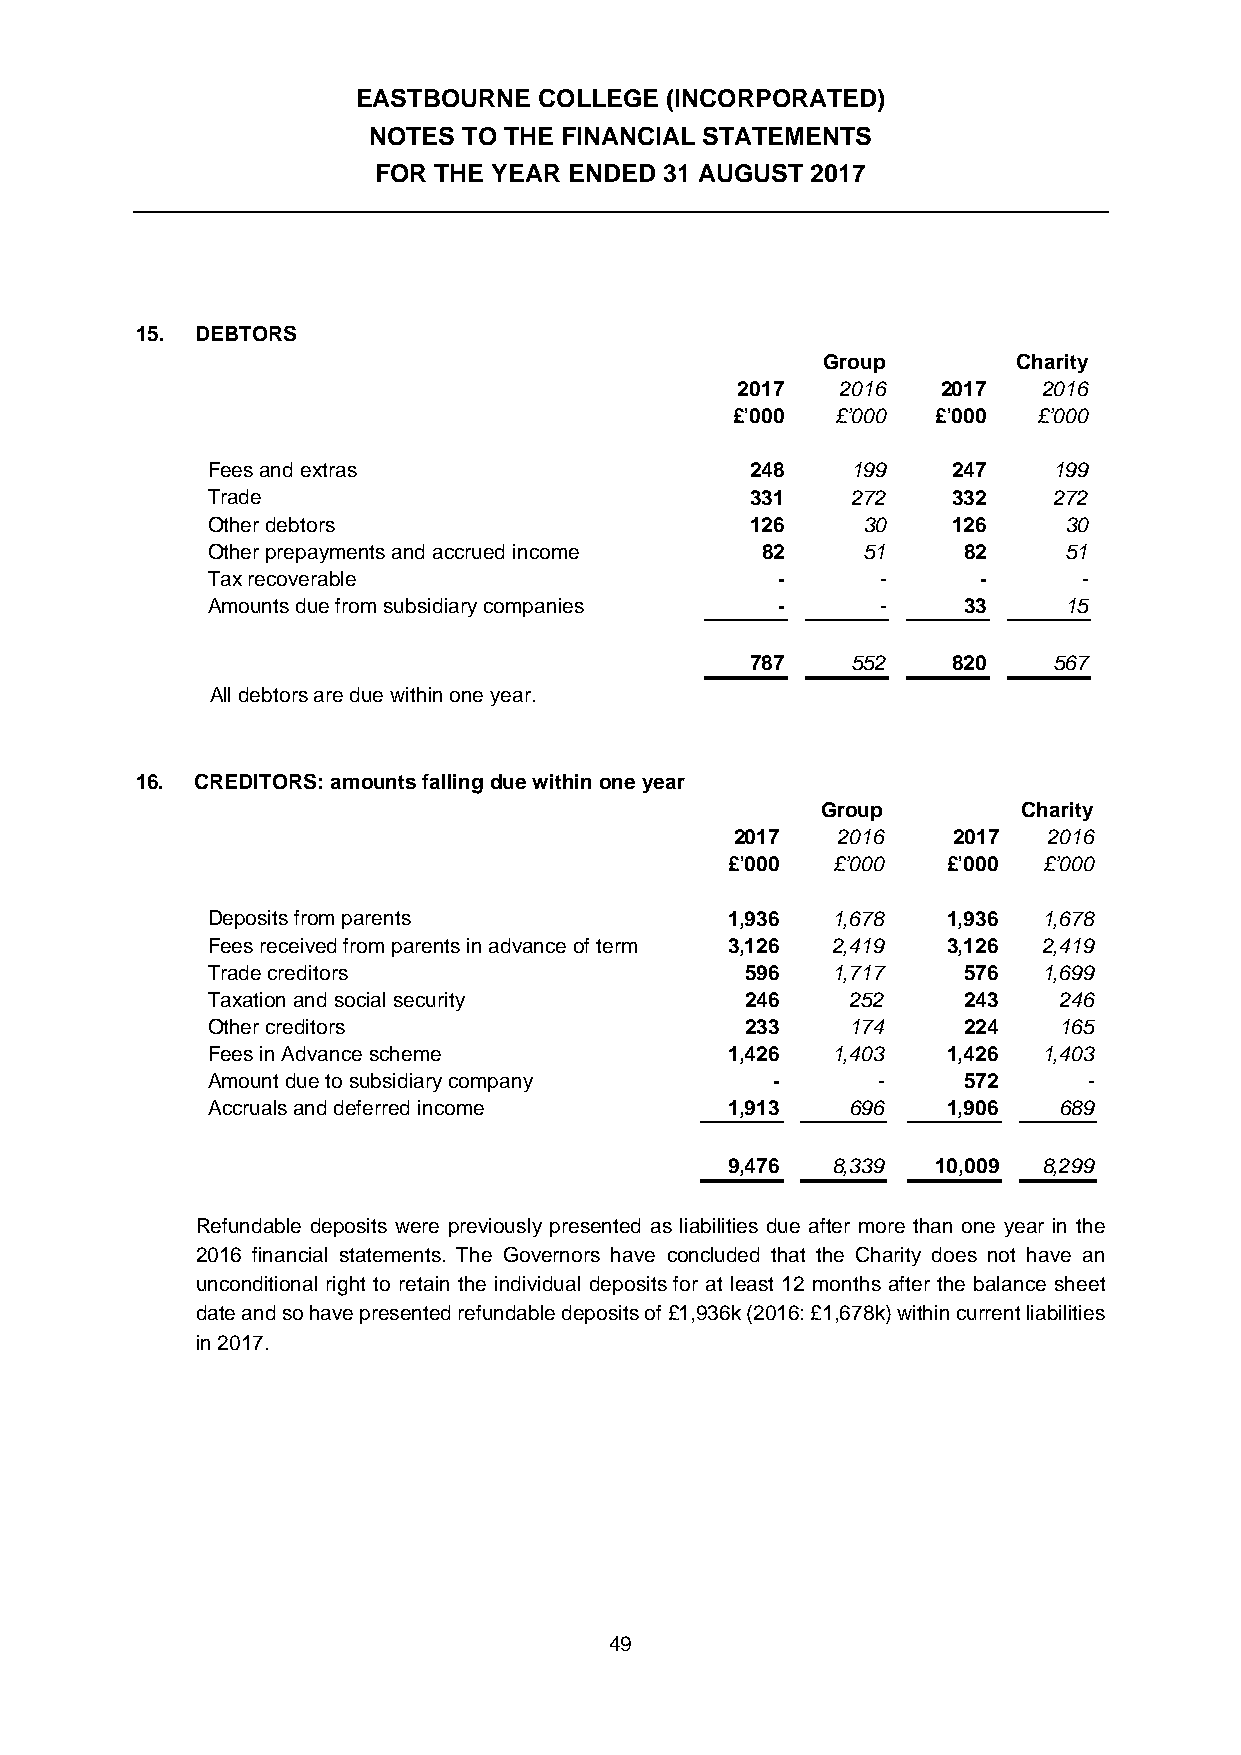
EASTBOURNE  COLLEGE (INCORPORATED)
 NOTES  TO THE FINANCIAL STATEMENTS
 FOR THE YEAR ENDED 31 AUGUST 2017
 15. DEBTORS
 Group        Charity
 2017   2016  2017   2016
 £’000  £’000  £’000  £’000
 Fees and extras                     248   199    247    199
 Trade                               331   272    332    272
 Other debtors                       126    30    126    30
 Other prepayments and accrued income 82    51     82    51
 Tax recoverable                      -      -      -      -
 Amounts due from subsidiary companies -     -     33    15
 787   552    820    567
 All debtors are due within one year.
 16. CREDITORS: amounts falling due within one year
 Group         Charity
 2017  2016    2017  2016
 £’000  £’000   £’000 £’000
 Deposits from parents             1,936  1,678   1,936 1,678
 Fees received from parents in advance of term 3,126 2,419 3,126 2,419
 Trade creditors                    596   1,717    576  1,699
 Taxation and social security       246    252     243   246
 Other creditors                    233    174     224   165
 Fees in Advance scheme            1,426  1,403   1,426 1,403
 Amount due to subsidiary company     -      -     572     -
 Accruals and deferred income      1,913   696    1,906  689
 9,476  8,339  10,009 8,299
 Refundable deposits were previously presented as liabilities due after more than one year in the
 2016 financial statements. The Governors have concluded that the Charity does not have an
 unconditional right to retain the individual deposits for at least 12 months after the balance sheet
 date and so have presented refundable deposits of £1,936k (2016: £1,678k) within current liabilities
 in 2017.
 49